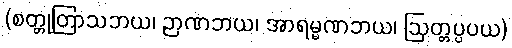
(စတ္တုတြာသဘယ၊ ဉာဏဘယ၊ အာရမ္မဏဘယ၊ ဩတ္တပ္ပပယ)